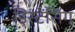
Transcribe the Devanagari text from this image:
डिस्टेंसिंग